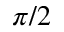
\pi / 2